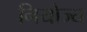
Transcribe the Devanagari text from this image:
नियोज्य